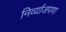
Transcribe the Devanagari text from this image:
निर्व्याजपणा